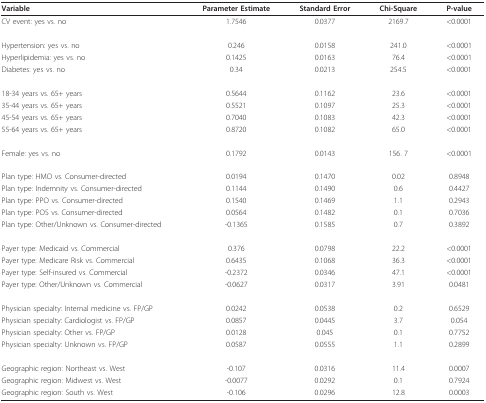
<table><thead><tr><td><b>Variable</b></td><td><b>Parameter Estimate</b></td><td><b>Standard Error</b></td><td><b>Chi-Square</b></td><td><b>P-value</b></td></tr></thead><tbody><tr><td>CV event: yes vs. no</td><td>1.7546</td><td>0.0377</td><td>2169.7</td><td>&lt;0.0001</td></tr><tr><td>Hypertension: yes vs. no</td><td>0.246</td><td>0.0158</td><td>241.0</td><td>&lt;0.0001</td></tr><tr><td>Hyperlipidemia: yes vs. no</td><td>0.1425</td><td>0.0163</td><td>76.4</td><td>&lt;0.0001</td></tr><tr><td>Diabetes: yes vs. no</td><td>0.34</td><td>0.0213</td><td>254.5</td><td>&lt;0.0001</td></tr><tr><td>18-34 years vs. 65+ years</td><td>0.5644</td><td>0.1162</td><td>23.6</td><td>&lt;0.0001</td></tr><tr><td>35-44 years vs. 65+ years</td><td>0.5521</td><td>0.1097</td><td>25.3</td><td>&lt;0.0001</td></tr><tr><td>45-54 years vs. 65+ years</td><td>0.7040</td><td>0.1083</td><td>42.3</td><td>&lt;0.0001</td></tr><tr><td>55-64 years vs. 65+ years</td><td>0.8720</td><td>0.1082</td><td>65.0</td><td>&lt;0.0001</td></tr><tr><td>Female: yes vs. no</td><td>0.1792</td><td>0.0143</td><td>156. 7</td><td>&lt;0.0001</td></tr><tr><td>Plan type: HMO vs. Consumer-directed</td><td>0.0194</td><td>0.1470</td><td>0.02</td><td>0.8948</td></tr><tr><td>Plan type: Indemnity vs. Consumer-directed</td><td>0.1144</td><td>0.1490</td><td>0.6</td><td>0.4427</td></tr><tr><td>Plan type: PPO vs. Consumer-directed</td><td>0.1540</td><td>0.1469</td><td>1.1</td><td>0.2943</td></tr><tr><td>Plan type: POS vs. Consumer-directed</td><td>0.0564</td><td>0.1482</td><td>0.1</td><td>0.7036</td></tr><tr><td>Plan type: Other/Unknown vs. Consumer-directed</td><td>-0.1365</td><td>0.1585</td><td>0.7</td><td>0.3892</td></tr><tr><td>Payer type: Medicaid vs. Commercial</td><td>0.376</td><td>0.0798</td><td>22.2</td><td>&lt;0.0001</td></tr><tr><td>Payer type: Medicare Risk vs. Commercial</td><td>0.6435</td><td>0.1068</td><td>36.3</td><td>&lt;0.0001</td></tr><tr><td>Payer type: Self-insured vs. Commercial</td><td>-0.2372</td><td>0.0346</td><td>47.1</td><td>&lt;0.0001</td></tr><tr><td>Payer type: Other/Unknown vs. Commercial</td><td>-0.0627</td><td>0.0317</td><td>3.91</td><td>0.0481</td></tr><tr><td>Physician specialty: Internal medicine vs. FP/GP</td><td>0.0242</td><td>0.0538</td><td>0.2</td><td>0.6529</td></tr><tr><td>Physician specialty: Cardiologist vs. FP/GP</td><td>0.0857</td><td>0.0445</td><td>3.7</td><td>0.054</td></tr><tr><td>Physician specialty: Other vs. FP/GP</td><td>0.0128</td><td>0.045</td><td>0.1</td><td>0.7752</td></tr><tr><td>Physician specialty: Unknown vs. FP/GP</td><td>0.0587</td><td>0.0555</td><td>1.1</td><td>0.2899</td></tr><tr><td>Geographic region: Northeast vs. West</td><td>-0.107</td><td>0.0316</td><td>11.4</td><td>0.0007</td></tr><tr><td>Geographic region: Midwest vs. West</td><td>-0.0077</td><td>0.0292</td><td>0.1</td><td>0.7924</td></tr><tr><td>Geographic region: South vs. West</td><td>-0.106</td><td>0.0296</td><td>12.8</td><td>0.0003</td></tr></tbody></table>